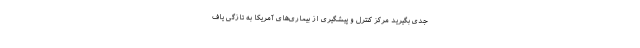
جدی بگیرید مرکز کنترل و پیشگیری از بیماری‌های آمریکا به تازگی یاف